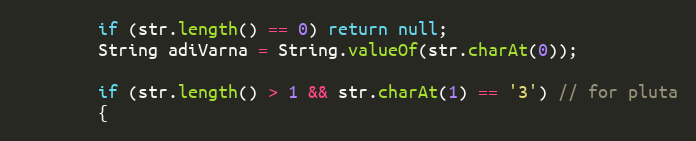
Language: Java
        if (str.length() == 0) return null;
        String adiVarna = String.valueOf(str.charAt(0));

        if (str.length() > 1 && str.charAt(1) == '3') // for pluta
        {